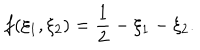
f ( \xi _ { 1 } , \xi _ { 2 } ) = \frac { 1 } { 2 } - \xi _ { 1 } - \xi _ { 2 } .